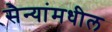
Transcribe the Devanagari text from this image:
सैन्यांमधील